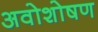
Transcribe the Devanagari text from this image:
अवोशोषण